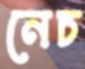
নেচ